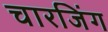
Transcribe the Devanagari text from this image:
चारजिंग